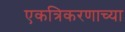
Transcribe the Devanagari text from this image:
एकत्रिकरणाच्या